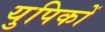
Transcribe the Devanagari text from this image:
युपिकों